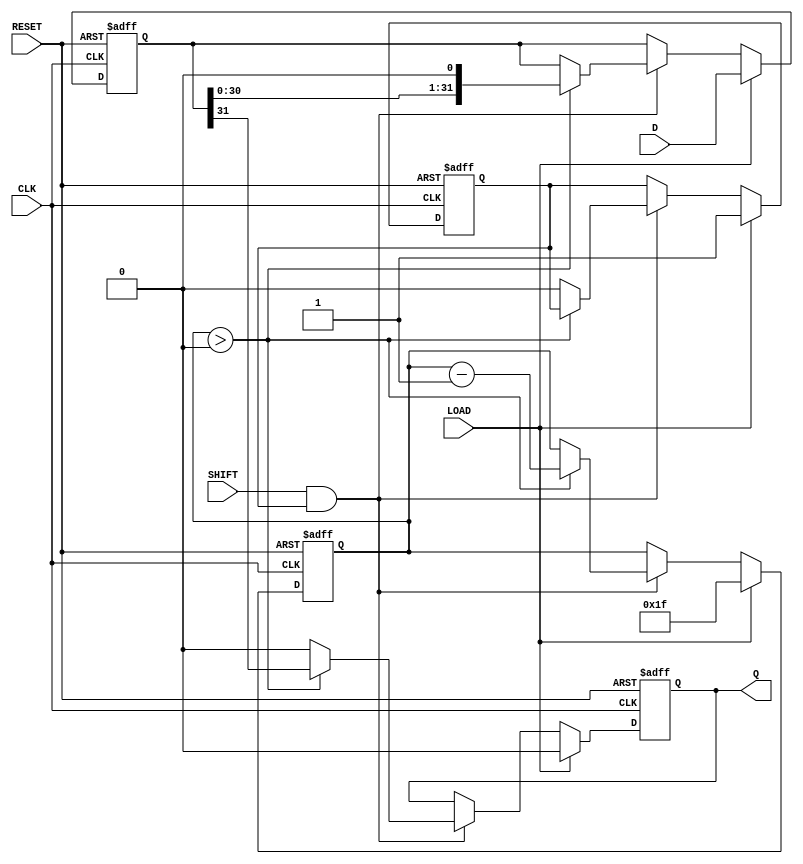
module PISO_Register (
    input wire [31:0] D,       // 32-bit parallel data input
    input wire LOAD,           // Control signal to load data
    input wire SHIFT,          // Control signal to shift data out
    input wire CLK,            // Clock signal
    input wire RESET,          // Reset signal
    output reg Q               // Serial output
);

    reg [31:0] shift_reg;      // Internal shift register
    reg [4:0] bit_count;       // Counter to track shifted bits

    // State management
    reg loading;               // Indicates if the register is in loading state

    always @(posedge CLK or posedge RESET) begin
        if (RESET) begin
            // Reset the shift register and output
            shift_reg <= 32'b0;
            Q <= 1'b0;
            bit_count <= 5'b0;
            loading <= 1'b0;
        end else begin
            if (LOAD) begin
                // Load the parallel data into the shift register
                shift_reg <= D;
                Q <= 1'b0; // Ensure output is reset during loading
                bit_count <= 5'd31; // Set count to 31 for MSB first
                loading <= 1'b1; // Set loading state
            end else if (SHIFT && loading) begin
                // Shift operation
                if (bit_count > 0) begin
                    // Output the MSB and shift the register
                    Q <= shift_reg[31];
                    shift_reg <= {shift_reg[30:0], 1'b0}; // Shift left
                    bit_count <= bit_count - 1; // Decrement bit count
                end else begin
                    // When all bits have been shifted out
                    Q <= 1'b0; // Clear output when done
                    loading <= 1'b0; // Exit loading state
                end
            end
        end
    end

endmodule